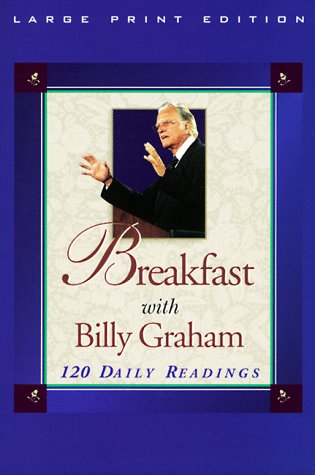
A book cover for Breakfast with Billy Graham: 120 Daily Readings (Walker Large Print Books); Billy Graham; Christian Books & Bibles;